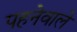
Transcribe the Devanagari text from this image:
पहनेवाले